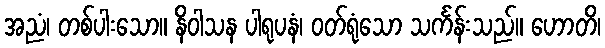
အညံ၊ တစ်ပါးသော။ နိဝါသန ပါရုပနံ၊ ဝတ်ရုံသော သင်္ကန်းသည်။ ဟောတိ၊